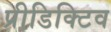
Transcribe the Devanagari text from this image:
प्रीडिक्टिव